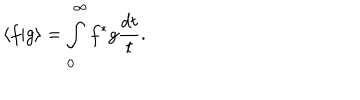
LaTeX: \langle f \vert g \rangle = \int _ { 0 } ^ { \infty } f ^ { * } g \frac { d t } { t } .